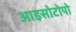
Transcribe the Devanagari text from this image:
आइसोटोपो